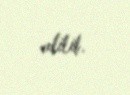
edilib.